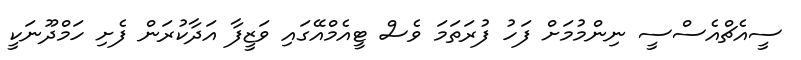
ސީއެޗްއެސްސީ ނިންމުމަށް ފަހު ފުރަތަމަ ވެސް ޓީއެމްއޭގައި ވަޒީފާ އަދާކުރަން ފެށި ހަމްދޫނަކީ